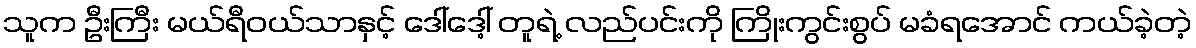
သူက ဦးကြီး မယ်ရီဝယ်သာနှင့် ဒေါ်ဒေါ့် တူရဲ့ လည်ပင်းကို ကြိုးကွင်းစွပ် မခံရအောင် ကယ်ခဲ့တဲ့